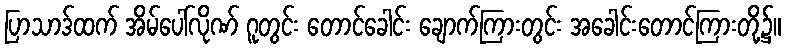
ပြာသာဒ်ထက် အိမ်ပေါ်လိုဏ် ဂူတွင်း တောင်ခေါင်း ချောက်ကြားတွင်း အခေါင်းတောင်ကြားတို့၌။